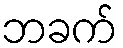
ဘခက်